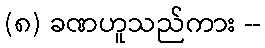
(၈) ခဏဟူသည်ကား --